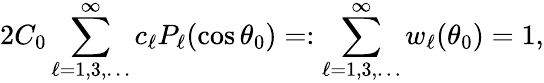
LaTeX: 2C_{0}\sum_{\ell=1,3,\ldots}^{\infty}c_{\ell}P_{\ell}(\cos\theta_{0})=:\sum_{\ell=1,3,\ldots}^{\infty}w_{\ell}(\theta_{0})=1,